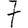
Digit: 7